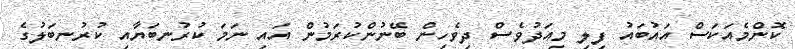
ކޮންމެއަކަސް އައުބައު ފިލި މިއަދުވެސް ދިވެހިން ބޭނުންކުރަމުން އައި ނަމަ ކުރުނބަޔާއި ކުރުނބަލުގެ